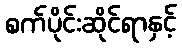
စက်ပိုင်းဆိုင်ရာနှင့်